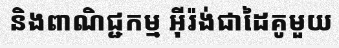
និងពាណិជ្ជកម្ម អ៊ីរ៉ង់ជាដៃគូមួយ